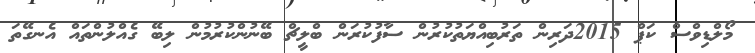
މޯލްޑިވްސް ކަޕް 2015ދަރިން ތަރުބިއްޔަތުކުރުން ސާފުކުރަން ބްލީޗް ބޭނުންކުރުމުން ލިބޭ ގެއްލުންތައް އެނގޭތަ